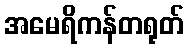
အမေရိကန်တရုတ်